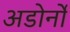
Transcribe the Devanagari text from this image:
अडोर्नो